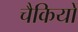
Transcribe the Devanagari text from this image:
चैकियों